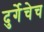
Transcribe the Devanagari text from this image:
दुर्गेचेच